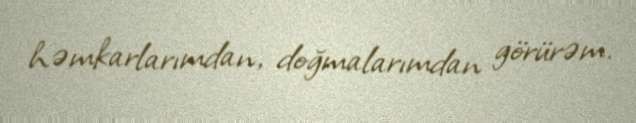
həmkarlarımdan, doğmalarımdan görürəm.